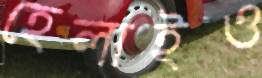
হেলাইও